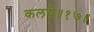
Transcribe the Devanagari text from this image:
कलये॥१७॥